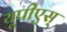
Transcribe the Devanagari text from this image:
यूपीएस्